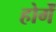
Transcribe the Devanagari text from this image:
होगेंं